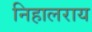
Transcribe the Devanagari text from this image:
निहालराय